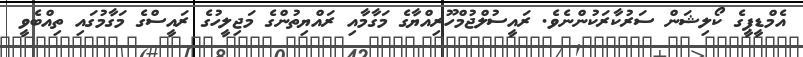
އެމްޑީޕީގެ ކޯލިޝަން ސަރުކާރަކުންނެވެ. ރައީސުލްޖުމްހޫރިއްޔާގެ މަގާމާއި ރައްޔިތުންގެ މަޖިލީހުގެ ރައީސްގެ މަގާމުގައި ތިއްބެވީ